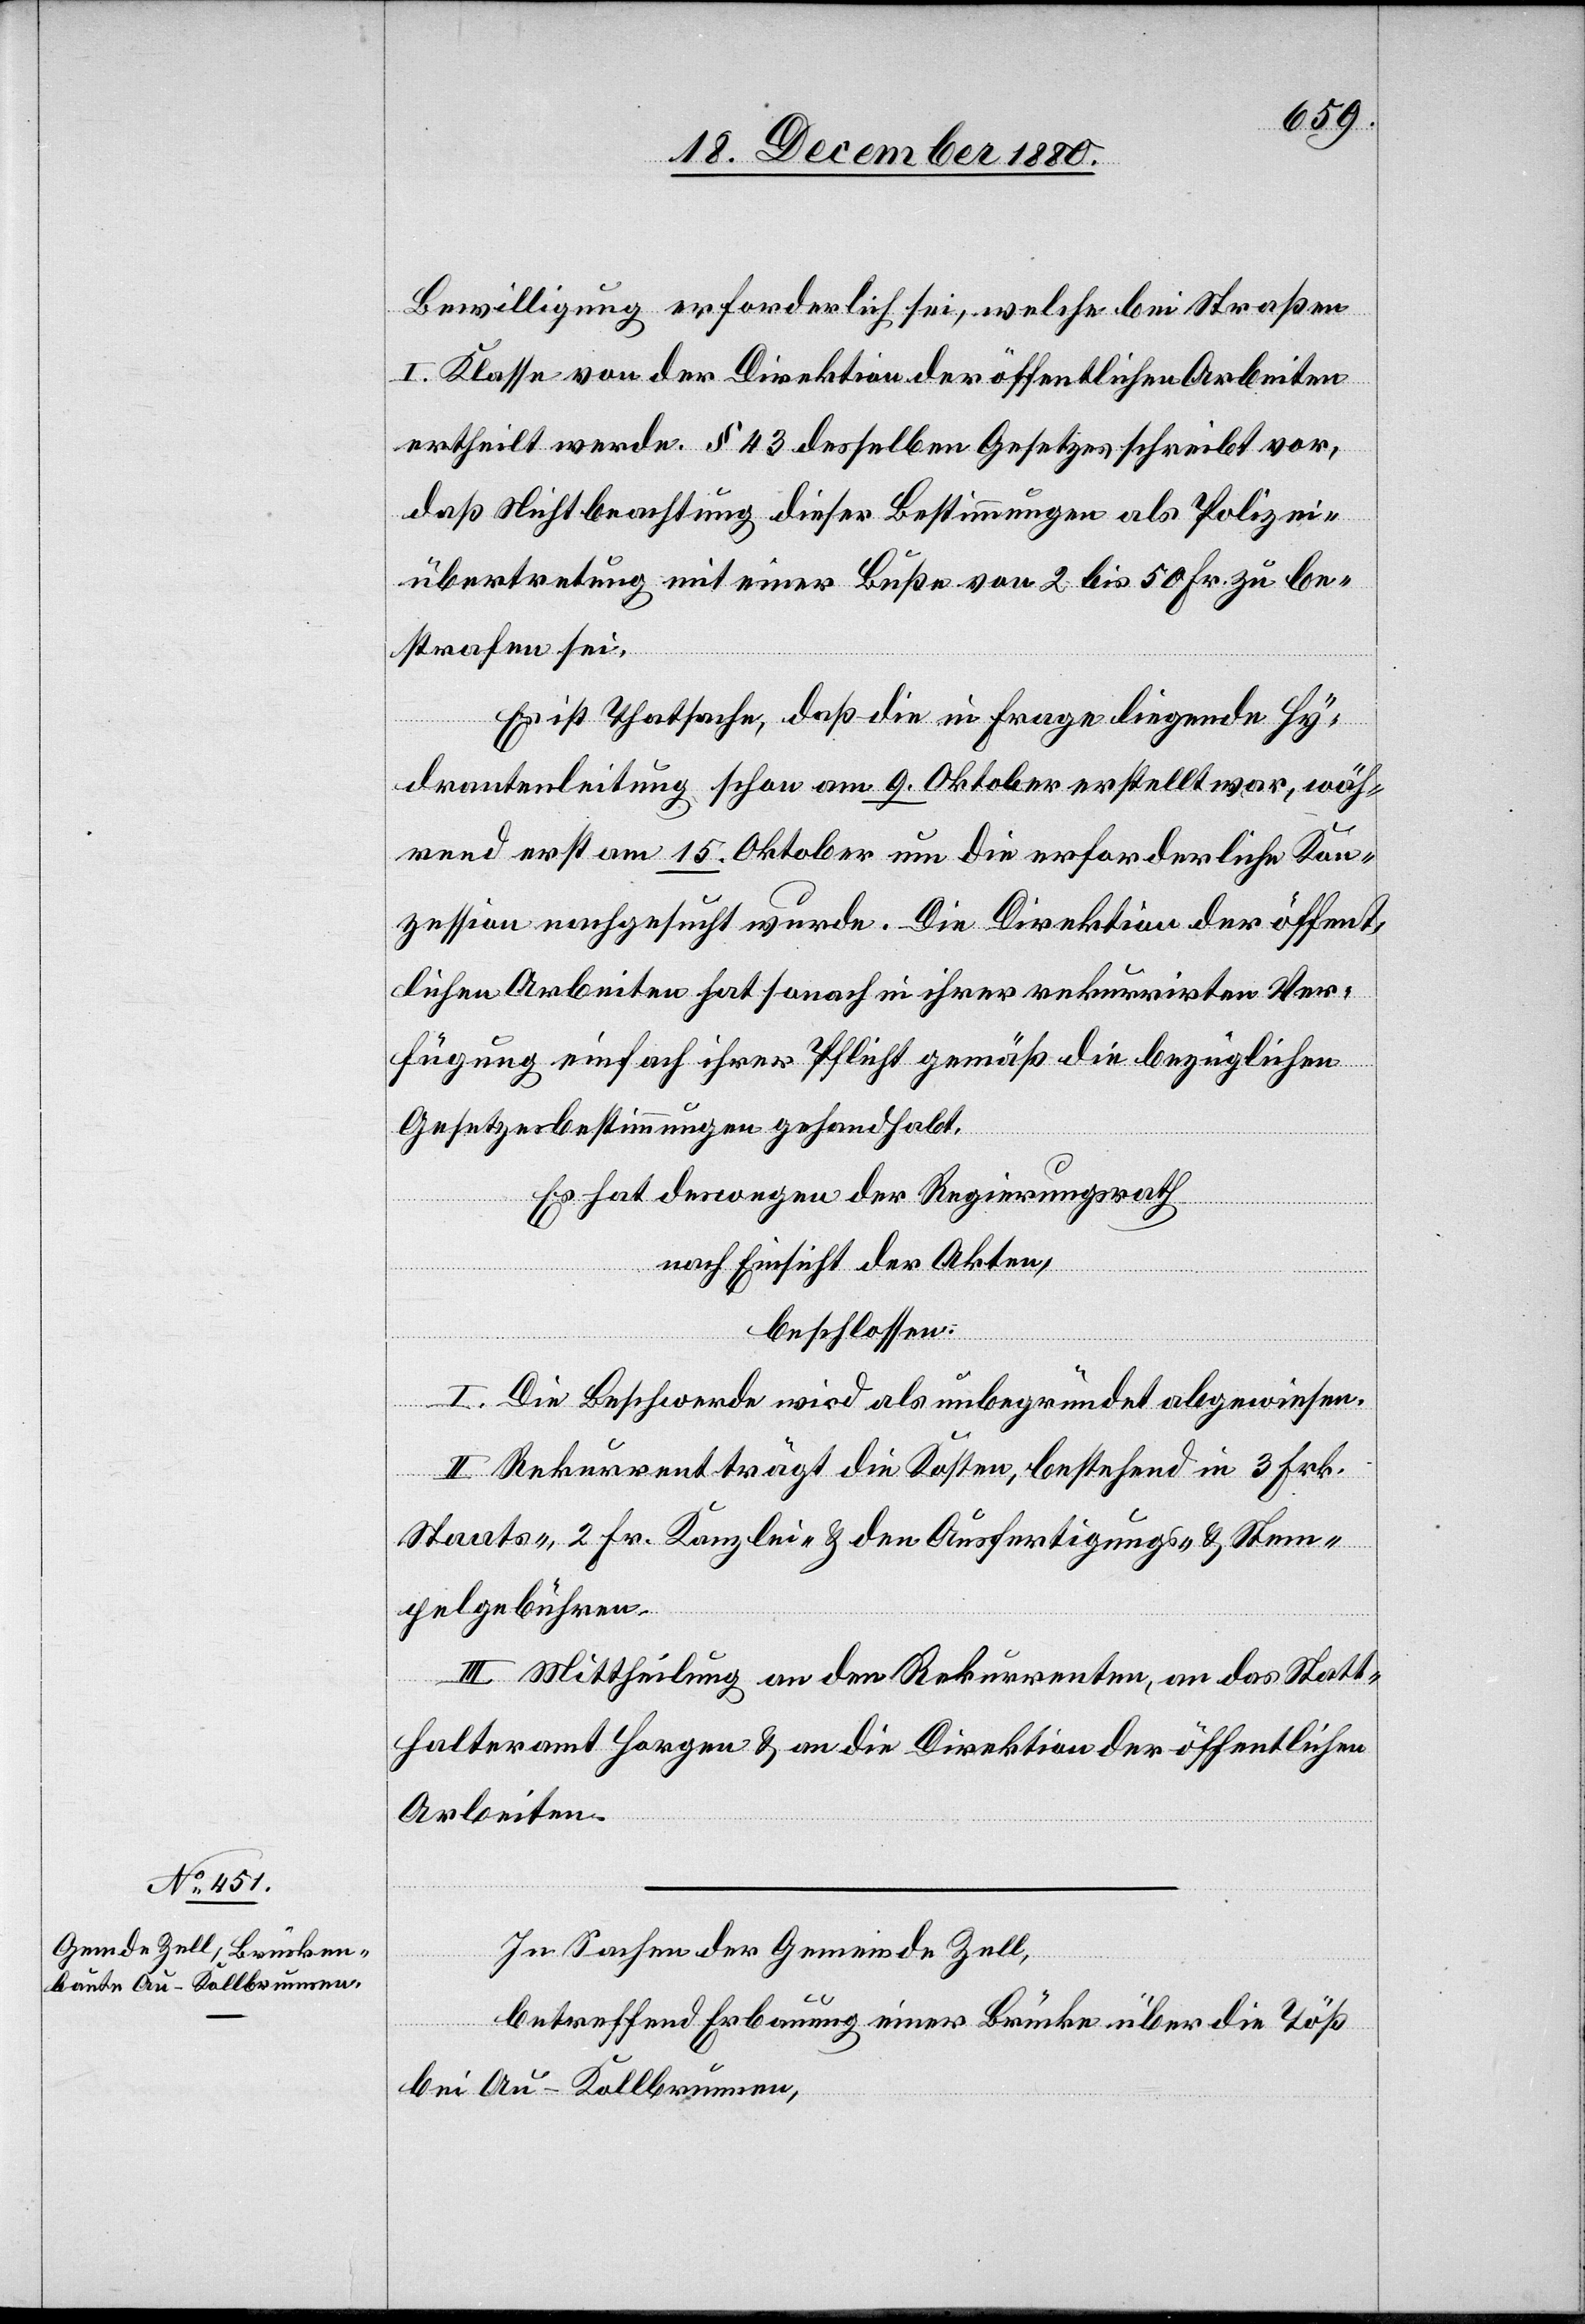
Bewilligung erforderlich sei, welche bei Straßen
I. Klasse von der Direktion der öffentlichen Arbeiten
ertheilt werde. § 43 desselben Gesetzes schreibt vor,
daß Nichtbeachtung dieser Bestimmungen als Polizei¬
übertretung mit einer Buße von 2 bis 50 Fr. zu be¬
strafen sei.
Es ist Thatsache, daß die in Frage liegende Hy¬
drantenleitung schon am 9. Oktober erstellt war, wäh¬
rend erst am 15. Oktober um die erforderliche Kon¬
zession nachgesucht wurde. Die Direktion der öffent¬
lichen Arbeiten hat sonach in ihrer rekurrirten Ver¬
fügung einfach ihrer Pflicht gemäß die bezüglichen
Gesetzesbestimmungen gehandhabt.
Es hat deswegen der Regierungsrath
nach Einsicht der Akten,
beschlossen:
I. Die Beschwerde wird als unbegründet abgewiesen.
II. Rekurrent trägt die Kosten, bestehend in 3 Frk.
Staats-, 2 Fr. Kanzlei- & den Ausfertigungs- & Stem¬
pelgebühren.
III. Mittheilung an den Rekurrenten, an das Statt¬
halteramt Horgen & an die Direktion der öffentlichen
Arbeiten.
In Sachen der Gemeinde Zell,
betreffend Erbauung einer Brücke über die Töß
bei Au - Kollbrunnen,